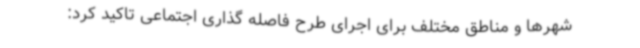
شهرها و مناطق مختلف برای اجرای طرح فاصله گذاری اجتماعی تاکید کرد: